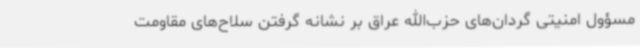
مسؤول امنیتی گردان‌های حزب‌الله عراق بر نشانه گرفتن سلاح‌های مقاومت